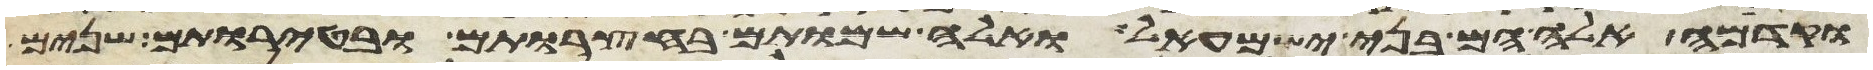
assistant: וקדמה אלה הם בני ישמעאל ואלה שמותם בחצרותם ובטירתם שנים